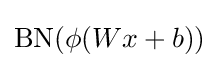
\mathrm {BN} (\phi (Wx+b))